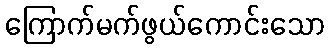
ကြောက်မက်ဖွယ်ကောင်းသော